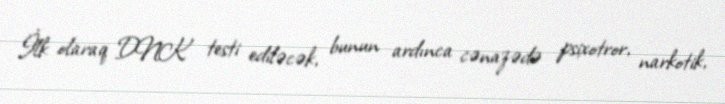
İlk olaraq DNK testi ediləcək, bunun ardınca cənazədə psixotror, narkotik,